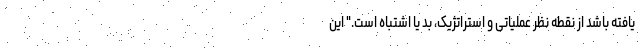
یافته باشد از نقطه نظر عملیاتی و استراتژیک، بد یا اشتباه است." این